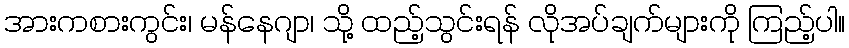
အားကစားကွင်း၊ မန်နေဂျာ၊ သို့ ထည့်သွင်းရန် လိုအပ်ချက်များကို ကြည့်ပါ။